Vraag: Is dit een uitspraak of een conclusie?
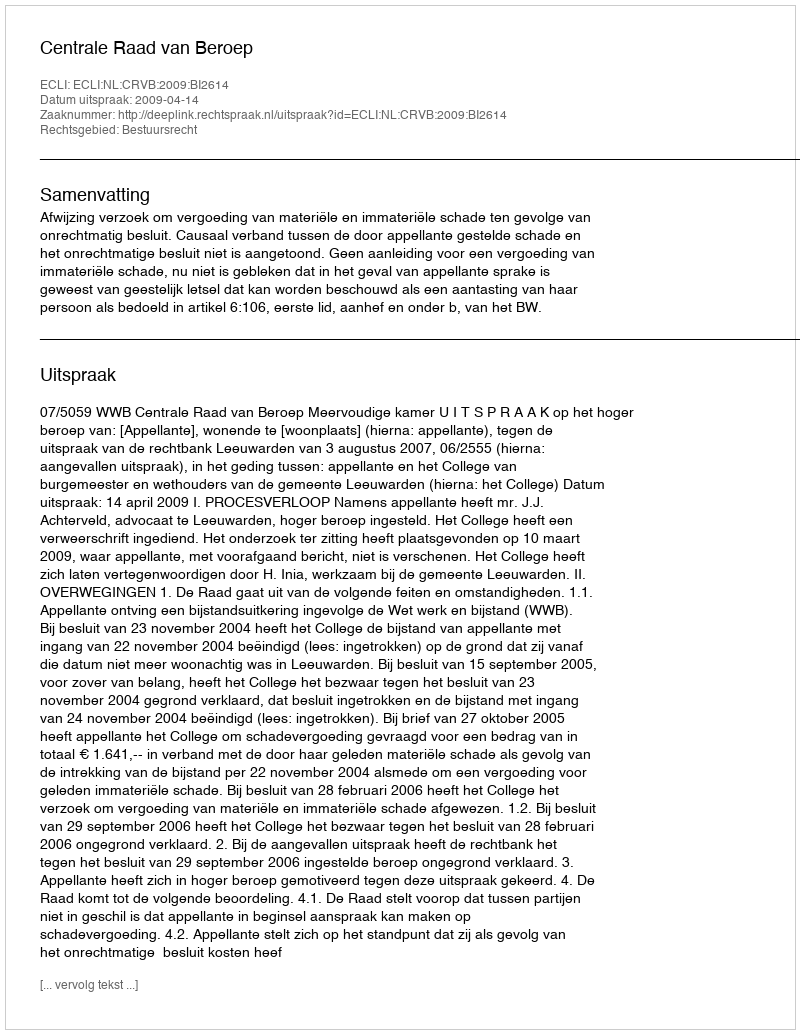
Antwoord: Uitspraak